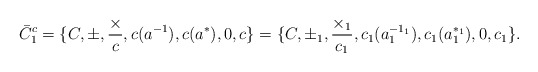
\begin{align*} \bar{C}^{c}_{1}= \{C,\pm,\frac{\times}{c},c(a^{-1}),c(a^{*}), 0,c\}=\{C,\pm_{1},\frac{\times_{1}} {c_{1}},c_{1}(a_{1}^{-1_{1}}),c_{1}(a_{1}^{*_{1}}),0,c_{1}\}.\end{align*}